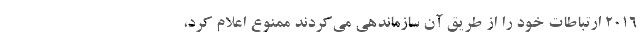
۲۰۱۶ ارتباطات خود را از طریق آن سازماندهی می‌کردند ممنوع اعلام کرد،